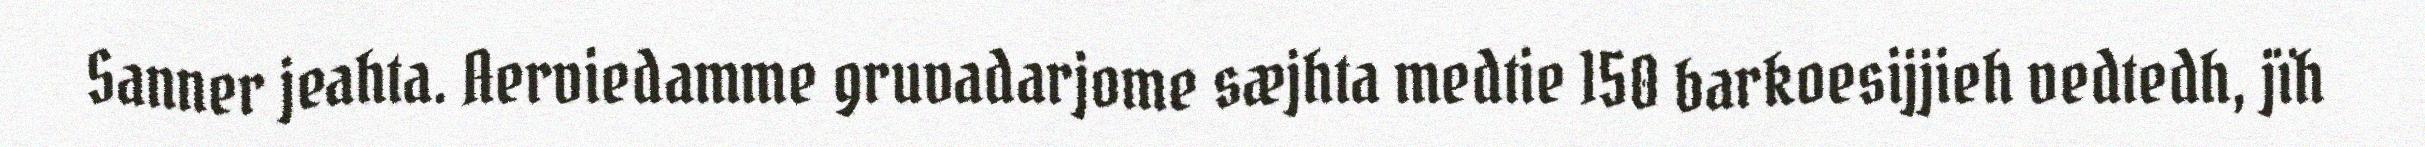
Sanner jeahta. Aerviedamme gruvadarjome sæjhta medtie 150 barkoesijjieh vedtedh, jïh